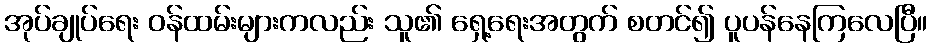
အုပ်ချုပ်ရေး ဝန်ထမ်းများကလည်း သူ၏ ရှေ့ရေးအတွက် စတင်၍ ပူပန်နေကြလေပြီ။